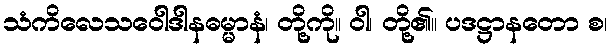
သံကိလေသဝေါဒါနဓမ္မာနံ၊ တို့ကို။ ဝါ၊ တို့၏။ ပဒဋ္ဌာနတော စ၊